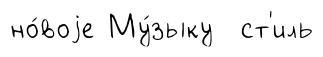
но́воjе Му́зыку ст'иль